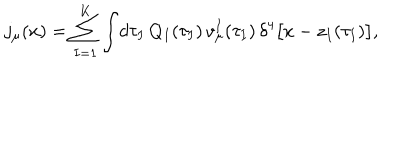
j _ { \mu } ( x ) = \sum _ { I = 1 } ^ { K } \int \! d \tau _ { I } \, Q _ { I } ( \tau _ { I } ) \, v _ { \mu } ^ { I } ( \tau _ { I } ) \, \delta ^ { 4 } \bigl [ x - z _ { I } ( \tau _ { I } ) \bigr ] ,